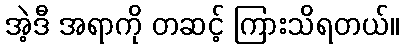
အဲ့ဒီ အရာကို တဆင့် ကြားသိရတယ်။